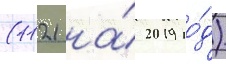
(1121 на́ 2019 го́д)